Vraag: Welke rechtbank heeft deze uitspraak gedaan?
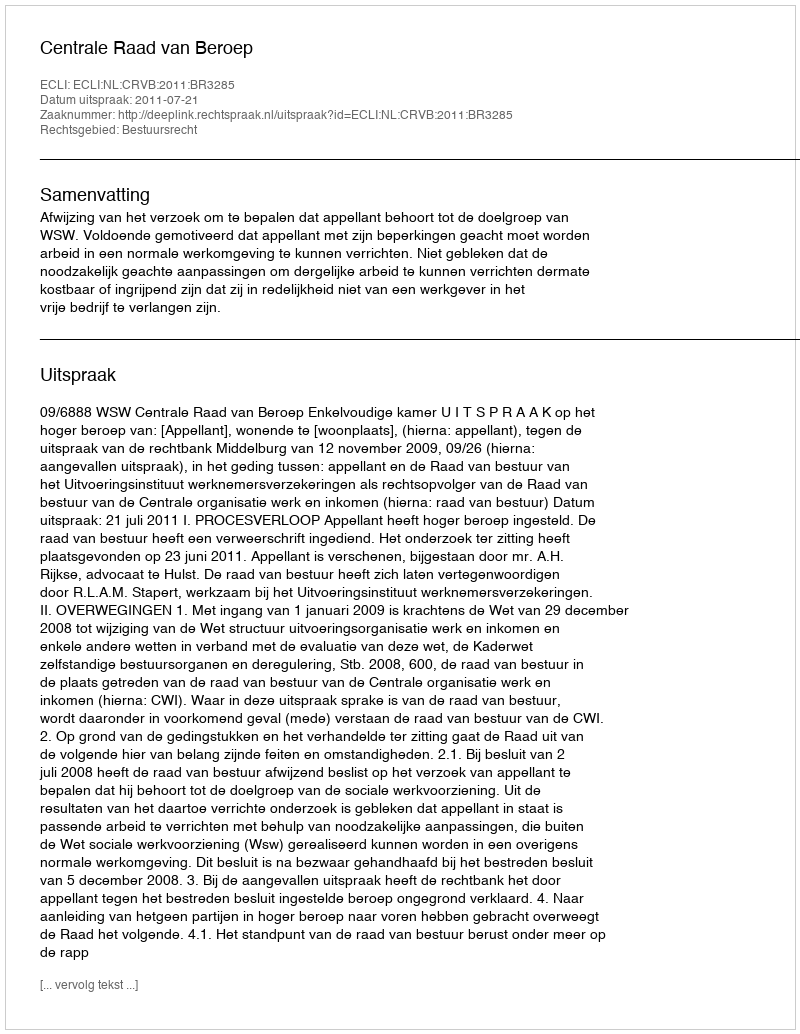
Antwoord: Centrale Raad van Beroep